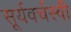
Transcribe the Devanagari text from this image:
सूर्यवर्चस्वी